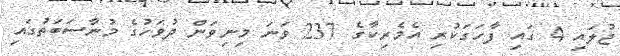
ޖުލައި 4 ގައި ފާހަގަކުރި އެމެރިކާގެ 237 ވަނަ މިނިވަން ދުވަހުގެ މުނާސަބަތުގައި